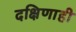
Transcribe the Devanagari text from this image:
दक्षिणाही